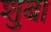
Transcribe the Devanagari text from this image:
शुबा